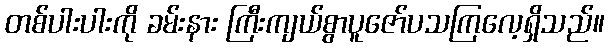
တစ်ပါးပါးကို ခမ်းနား ကြီးကျယ်စွာပူဇော်ပသကြလေ့ရှိသည်။